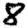
Digit: 8